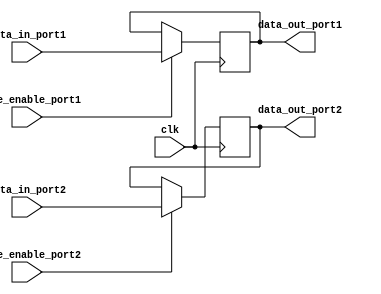
module dual_port_register (
  input wire clk,
  input wire [7:0] data_in_port1,
  input wire [7:0] data_in_port2,
  input wire write_enable_port1,
  input wire write_enable_port2,
  output reg [7:0] data_out_port1,
  output reg [7:0] data_out_port2
);

reg [7:0] register1;
reg [7:0] register2;

always @(posedge clk) begin
  if (write_enable_port1) begin
    register1 <= data_in_port1;
  end
  if (write_enable_port2) begin
    register2 <= data_in_port2;
  end
end

assign data_out_port1 = register1;
assign data_out_port2 = register2;

endmodule